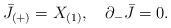
LaTeX: \begin{align*}\bar J_{(+)}=X_{(1)},\quad \partial_-\bar J=0.\end{align*}